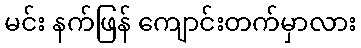
မင်း နက်ဖြန် ကျောင်းတက်မှာလား